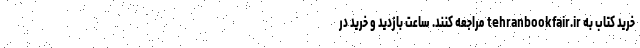
خرید کتاب به tehranbookfair.ir مراجعه کنند. ساعت بازدید و خرید در